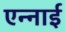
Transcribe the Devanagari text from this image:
एन्नाई